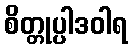
စိတ္တုပ္ပါဒဝါရ